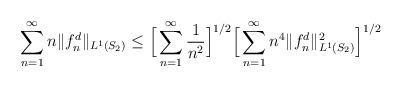
LaTeX: \begin{align*}\sum_{n=1}^{\infty}n\Vert f_n^d \Vert_{L^{1}(S_2)}\leq \Big[\sum_{n=1}^{\infty}\dfrac{1}{n^2}\Big]^{1/2}\Big[\sum_{n=1}^{\infty}n^4\Vert f_n^d \Vert_{L^{1}(S_2)}^2\Big]^{1/2}\end{align*}